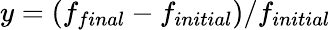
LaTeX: y=(f_{final}-f_{initial})/f_{initial}